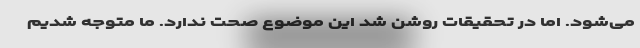
می‌شود. اما در تحقیقات روشن شد این موضوع صحت ندارد. ما متوجه شدیم